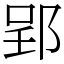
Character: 郢